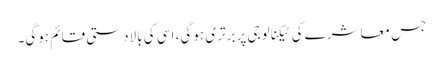
جس معاشرے کی ٹیکنالوجی پر برتری ہوگی، اسی کی بالادستی قائم ہوگی۔